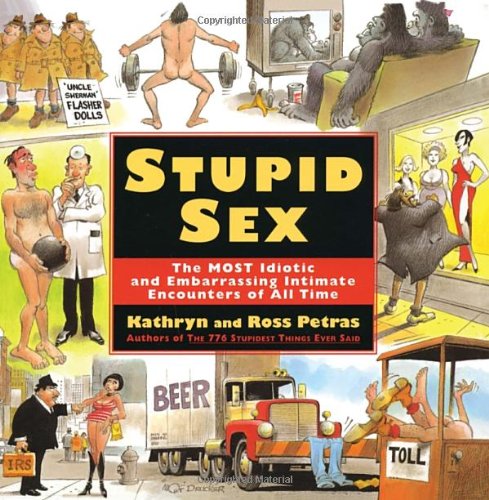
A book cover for Stupid Sex; Ross Petras; Romance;